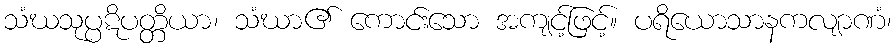
သံဃသုပ္ပဋိပတ္တိယာ၊ သံဃာ၏ ကောင်းသော အကျင့်ဖြင့်။ ပရိယောသာနကလျာဏံ၊